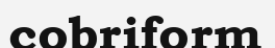
cobriform